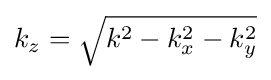
{\textstyle k_{z}={\sqrt {k^{2}-k_{x}^{2}-k_{y}^{2}}}}